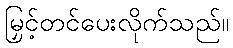
မြှင့်တင်ပေးလိုက်သည်။